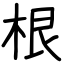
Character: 根